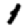
Digit: 1